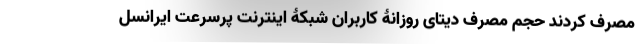
مصرف کردند حجم مصرف دیتای روزانۀ کاربران شبکۀ اینترنت پرسرعت ایرانسل